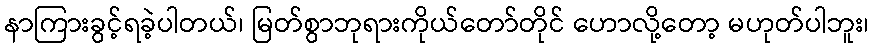
နာကြားခွင့်ရခဲ့ပါတယ်၊ မြတ်စွာဘုရားကိုယ်တော်တိုင် ဟောလို့တော့ မဟုတ်ပါဘူး၊